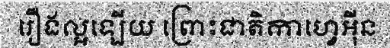
រឿងល្អឡើយ ព្រោះជាតិកាហ្វេអ៊ីន